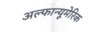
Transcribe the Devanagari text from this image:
अल्फान्यूमेरिक